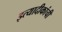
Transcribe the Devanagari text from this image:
इत्यादीकांची